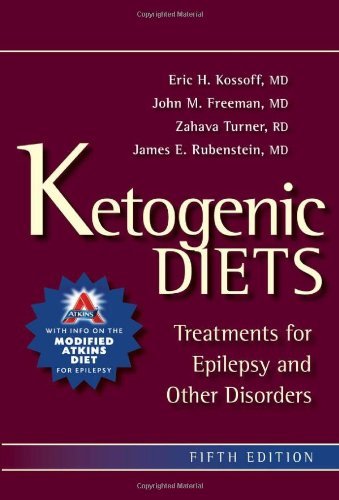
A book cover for By Eric Kossof - Ketogenic Diets: Treatments for Epilepsy and Other Disorders: A Treatment for Children and Others with Epilepsy (5th Edition) (8.1.2011); Eric Kossof; Health, Fitness & Dieting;